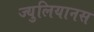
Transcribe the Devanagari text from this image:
ज्युलियानस